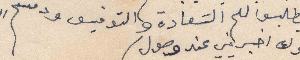
ويطلبوا لكم السَعادة والتوفيق ودمتم